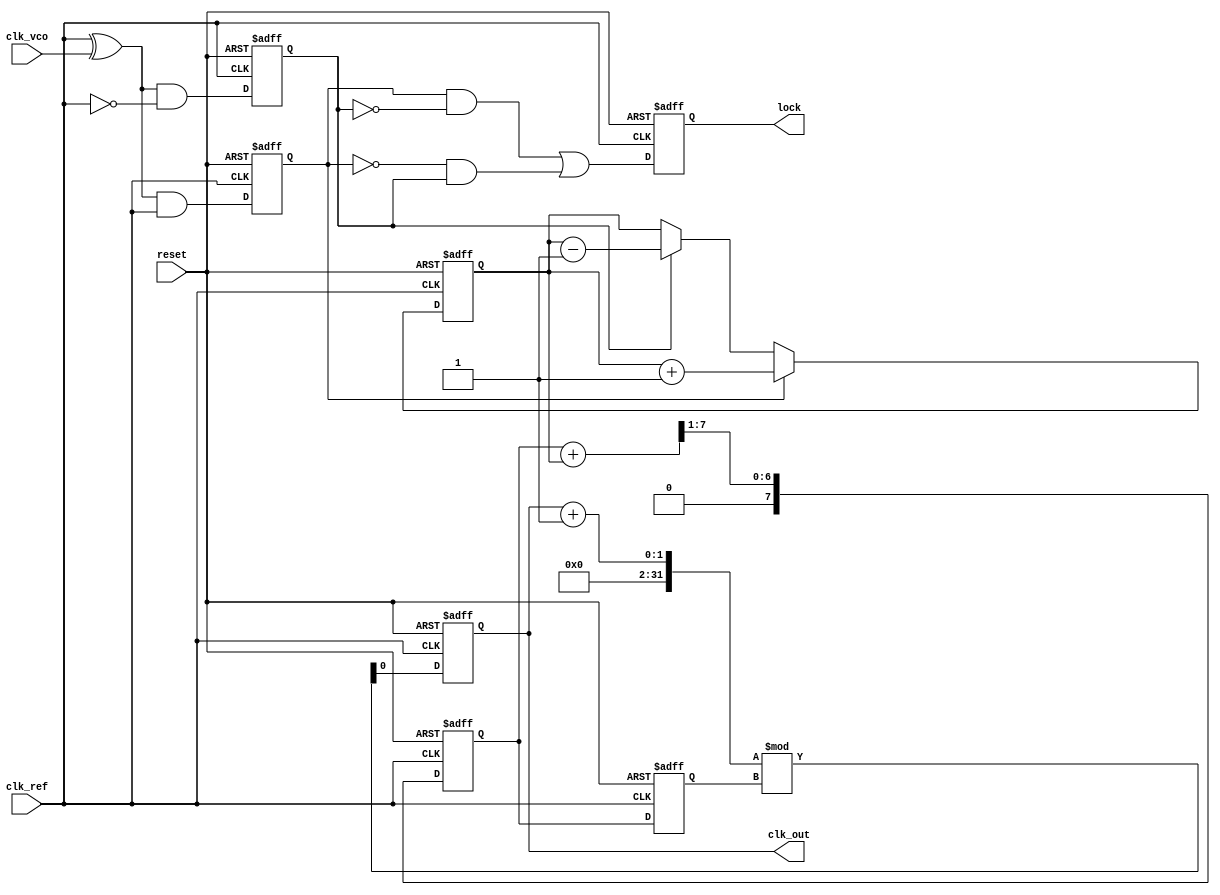
module cp_pll (
    input wire clk_ref,        // Reference clock
    input wire clk_vco,        // VCO output clock
    input wire reset,          // Asynchronous reset
    output reg clk_out,        // PLL output clock
    output reg lock            // Lock indicator
);

// Phase Detector
reg pd_up, pd_down;
always @(posedge clk_ref or posedge reset) begin
    if (reset) begin
        pd_up <= 1'b0;
        pd_down <= 1'b0;
    end else begin
        // Simple XOR phase detector
        pd_up <= (clk_ref ^ clk_vco) & clk_ref;
        pd_down <= (clk_ref ^ clk_vco) & ~clk_ref;
    end
end

// Charge Pump
reg [7:0] charge_voltage; // Control voltage for VCO
always @(posedge clk_ref or posedge reset) begin
    if (reset) begin
        charge_voltage <= 8'd128; // Midpoint voltage
    end else begin
        if (pd_up) begin
            charge_voltage <= charge_voltage + 1; // Increase voltage
        end else if (pd_down) begin
            charge_voltage <= charge_voltage - 1; // Decrease voltage
        end
    end
end

// Loop Filter (Simple RC filter approximation)
reg [7:0] loop_filter_output;
always @(posedge clk_ref or posedge reset) begin
    if (reset) begin
        loop_filter_output <= 8'd128; // Initial filter output
    end else begin
        // Low-pass filter - simple averaging
        loop_filter_output <= (loop_filter_output + charge_voltage) >> 1;
    end
end

// Voltage-Controlled Oscillator (VCO)
reg [7:0] vco_frequency;
always @(posedge clk_ref or posedge reset) begin
    if (reset) begin
        clk_out <= 1'b0;
        vco_frequency <= 8'd128; // Initial frequency
    end else begin
        // Adjust frequency based on control voltage
        vco_frequency <= loop_filter_output; // Simple frequency control
        // Generate output clock based on VCO frequency
        clk_out <= (clk_out + 1) % vco_frequency; // Example frequency generation
    end
end

// Lock Detection Logic
always @(posedge clk_ref or posedge reset) begin
    if (reset) begin
        lock <= 1'b0;
    end else begin
        // Simple lock detection (can be improved)
        lock <= (pd_up && !pd_down) || (!pd_up && pd_down);
    end
end

endmodule